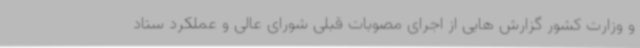
و وزارت کشور گزارش هایی از اجرای مصوبات قبلی شورای عالی و عملکرد ستاد